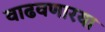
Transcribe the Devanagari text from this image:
वाढवणारया